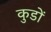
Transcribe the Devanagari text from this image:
कुडों